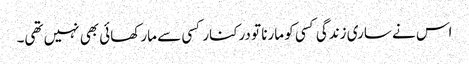
اس نے ساری زندگی کسی کو مارنا تو درکنار کسی سے مار کھائی بھی نہیں تھی۔